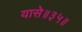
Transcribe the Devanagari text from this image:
यासे॥३५॥